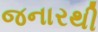
જનારથી